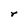
Character: r